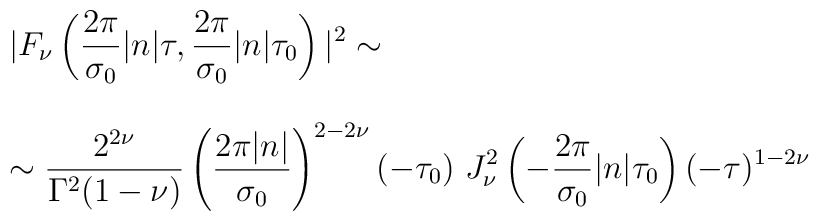
\begin{array}{l}{\displaystyle | F_{\nu} \left( \frac{2\pi}{\sigma_0} |n| \tau, \frac{2\pi}{\sigma_0} |n| \tau_0 \right) |^2 \sim } \\  \\\sim{\displaystyle \frac{2^{2\nu}}{\Gamma^2(1-\nu)} \left( \frac{2\pi|n|}{\sigma_0} \right)^{2-2\nu}(-\tau_0)~ J_{\nu}^2 \left( -\frac{2\pi}{\sigma_0} |n| \tau_0 \right) (-\tau)^{1-2\nu} }\end{array}